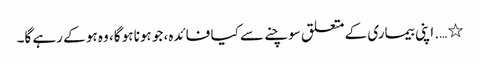
٭ …. اپنی بیماری کے متعلق سوچنے سے کیا فائدہ، جو ہونا ہو گا، وہ ہو کے رہے گا۔